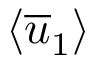
\left< \overline { { u } } _ { 1 } \right>